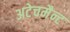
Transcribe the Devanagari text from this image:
अटेचमैन्ट